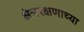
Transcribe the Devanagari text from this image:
क्षेत्ररक्षणाच्या